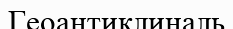
Геоантиклиналь